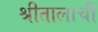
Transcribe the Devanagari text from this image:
श्रीतालाची